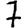
Digit: 7